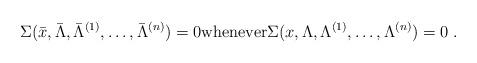
LaTeX: \begin{align*}\Sigma(\bar{x}, \bar{\Lambda}, \bar{\Lambda}^{(1)} , \dots , \bar{\Lambda}^{(n)} ) = 0 \mathrm{whenever} \Sigma(x, \Lambda, \Lambda^{(1)} , \dots , \Lambda^{(n)} ) = 0 \; .\end{align*}